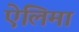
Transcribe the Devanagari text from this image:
ऐलिमा